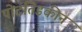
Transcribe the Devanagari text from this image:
पोटतिडकीनं